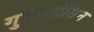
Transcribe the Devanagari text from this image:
गुवानोसिन